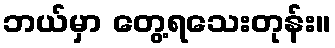
ဘယ်မှာ တွေ့ရသေးတုန်း။